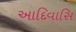
આદિવાસિ